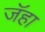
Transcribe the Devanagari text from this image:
जॅहा